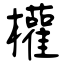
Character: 權